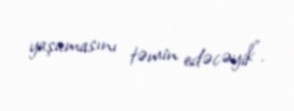
yaşamasını təmin edəcəyik”.